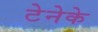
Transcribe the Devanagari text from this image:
टेनेके